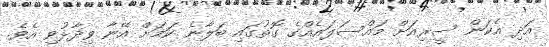
އަދި އެކަން ސީރިއަށް މައްސަލައެއްގެ ގޮތުގައި ބަލާނެ ކަމަށް އޭނާ ވިދާޅުވި އެވެ.